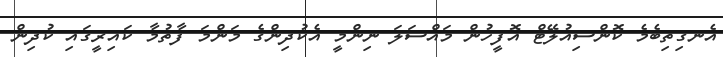
އެނގިތިބެމެ ކޮންސިއުލޭޓް އޮފީހުން މައްސަލަ ނިންމީ އެކުދިންގެ މަންމަ ފާތުމާ ކައިރީގައި ކުދިން